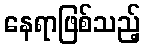
နေရာဖြစ်သည့်